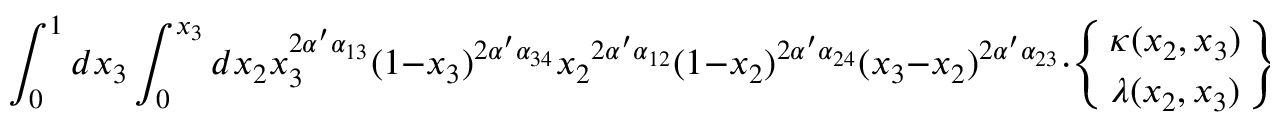
\int _ { 0 } ^ { 1 } d x _ { 3 } \int _ { 0 } ^ { x _ { 3 } } d x _ { 2 } x _ { 3 } ^ { 2 \alpha ^ { \prime } \alpha _ { 1 3 } } ( 1 - x _ { 3 } ) ^ { 2 \alpha ^ { \prime } \alpha _ { 3 4 } } { x _ { 2 } } ^ { 2 \alpha ^ { \prime } \alpha _ { 1 2 } } ( 1 - x _ { 2 } ) ^ { 2 \alpha ^ { \prime } \alpha _ { 2 4 } } ( x _ { 3 } - x _ { 2 } ) ^ { 2 \alpha ^ { \prime } \alpha _ { 2 3 } } \cdot \left\{ { \kappa ( x _ { 2 } , x _ { 3 } ) \atop \lambda ( x _ { 2 } , x _ { 3 } ) } \right\} ,